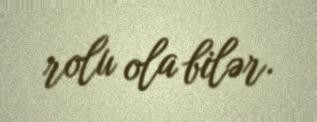
rolu ola bilər.